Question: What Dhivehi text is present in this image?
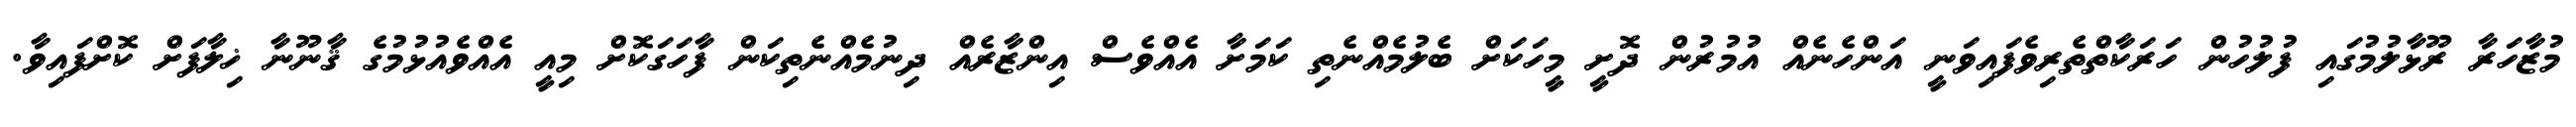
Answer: މުޒާހަރާ ރޫޅާލުމުގައި ފުލުހުން ހަރަކާތްތެރިވެފައިވަނީ އަންހެނެއް އުމުރުން ދޮށީ މީހަކަށް ބެލުމެއްނެތި ކަމަށާ އެއްވެސް އިންޒާރެއް ދިނުމެއްނެތިކަން ފާހަގަކޮށް މިއީ އެއްވެއުޅުމުގެ ޤާނޫނާ ޚިލާފަށް ކޮށްފައިވާ.